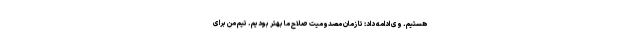
هستیم. وی ادامه داد: تا زمان مصدومیت صلاح ما بهتر بودیم‌. تیم من برای